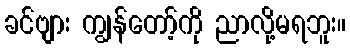
ခင်ဗျား ကျွန်တော့်ကို ညာလို့မရဘူး။